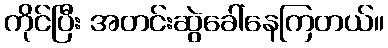
ကိုင်ပြီး အတင်းဆွဲခေါ်နေကြတယ်။